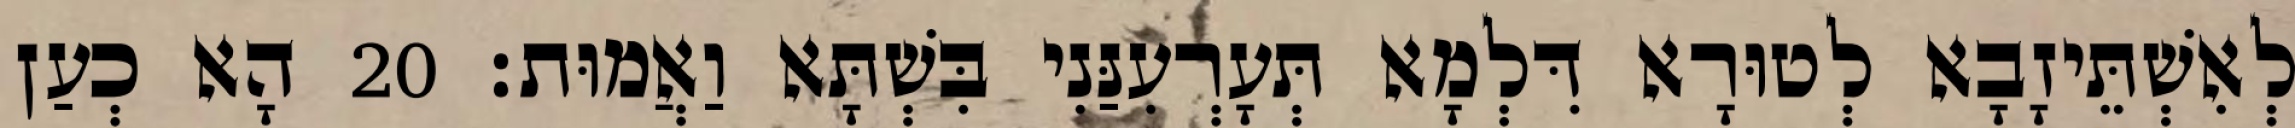
לְאִשְׁתֵּיזָבָא לְטוּרָא דִּלְמָא תְּעָרְעִנַּנִי בִּשְׁתָּא וַאֲמוּת׃ 20 הָא כְעַן